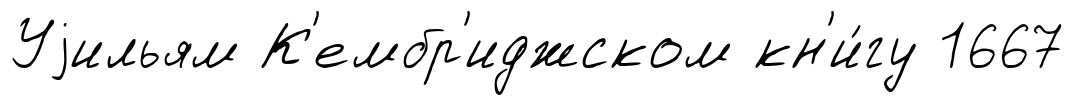
Уjильям К'ембр'иджском кн'и́гу 1667